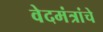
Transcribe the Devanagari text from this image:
वेदमंत्रांचे